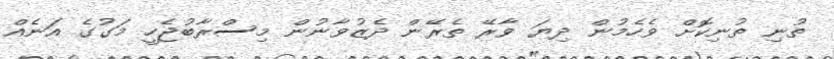
ތުނި ތުނިކޮށް ވެހެމުން ދިޔަ ވާރޭ ތެރޭން ދެޒުވާނުން މިސްރާބުޖެހީ މަގުގެ އަނެއް